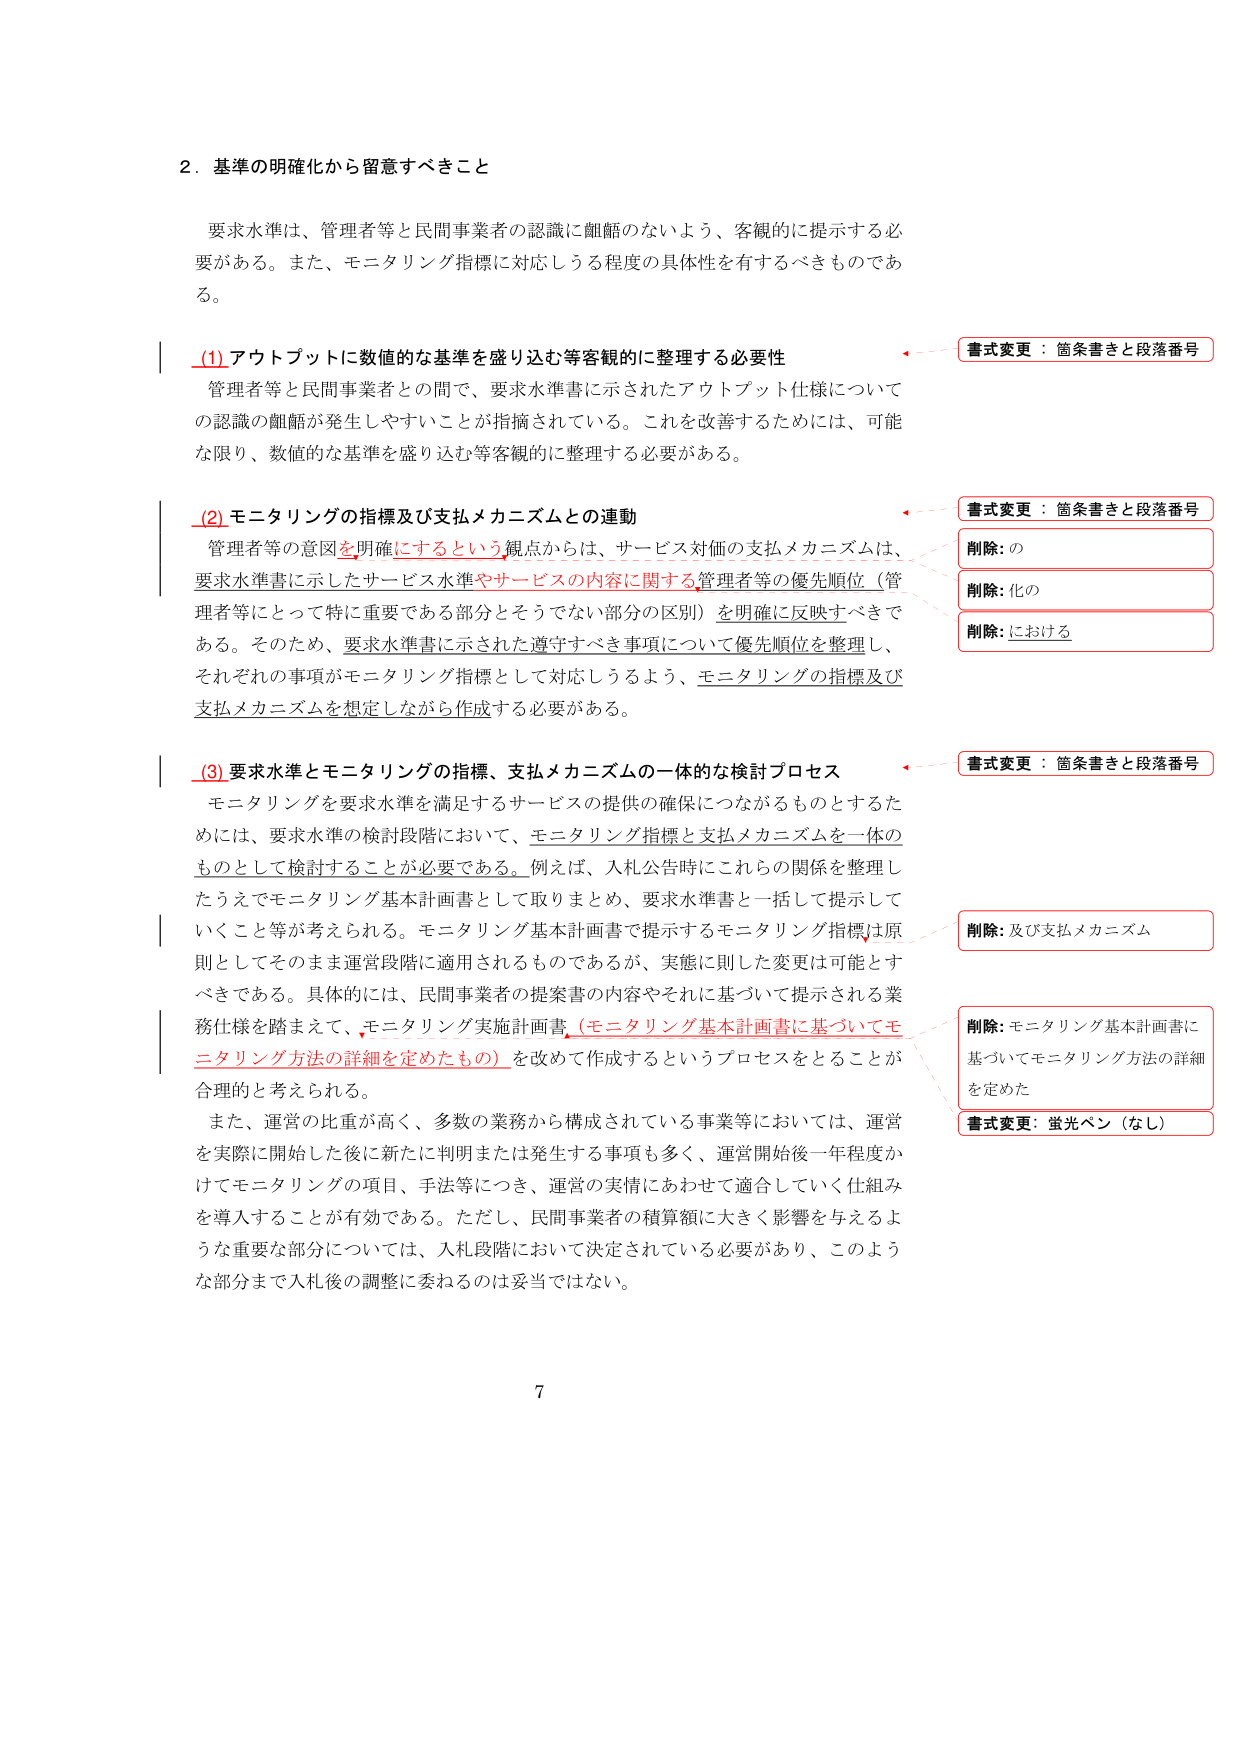
2. 基準の明確化から留意すべきこと

要求水準は、管理者等と民間事業者の認識に齟齬のないよう、客観的に提示する必要がある。また、モニタリング指標に対応しうる程度の具体性を有するべきものである。

(1) アウトプットに数値的な基準を盛り込む等客観的に整理する必要性
管理者等と民間事業者との間で、要求水準書に示されたアウトプット仕様についての認識の齟齬が発生しやすいことが指摘されている。これを改善するためには、可能な限り、数値的な基準を盛り込む等客観的に整理する必要がある。

(2) モニタリングの指標及び支払メカニズムとの連動
管理者等の意図を明確にするという観点からは、サービス対価の支払メカニズムは、要求水準書に示したサービス水準やサービスの内容に関する管理者等の優先順位（管理者等にとって特に重要である部分とそうでない部分の区別）を明確に反映すべきである。そのため、要求水準書に示された遵守すべき事項について優先順位を整理し、それぞれの事項がモニタリング指標として対応しうるよう、モニタリングの指標及び支払メカニズムを想定しながら作成する必要がある。

(3) 要求水準とモニタリングの指標、支払メカニズムの一体的な検討プロセス
モニタリングを要求水準を満足するサービスの提供の確保につながるものとするためには、要求水準の検討段階において、モニタリング指標と支払メカニズムを一体のものとして検討することが必要である。例えば、入札公告時にこれらの関係を整理したうえでモニタリング基本計画書として取りまとめ、要求水準書と一括して提示していくこと等が考えられる。モニタリング基本計画書で提示するモニタリング指標は原則としてそのまま運営段階に適用されるものであるが、実態に則した変更は可能とすべきである。具体的には、民間事業者の提案書の内容やそれに基づいて提示される業務仕様を踏まえて、モニタリング実施計画書（モニタリング基本計画書に基づいてモニタリング方法の詳細を定めたもの）を改めて作成するというプロセスをとることが合理的と考えられる。
また、運営の比重が高く、多数の業務から構成されている事業等においては、運営を実際に開始した後に新たに判明または発生する事項も多く、運営開始後一年程度かけてモニタリングの項目、手法等につき、運営の実情にあわせて適合していく仕組みを導入することが有効である。ただし、民間事業者の積算額に大きく影響を与えるような重要な部分については、入札段階において決定されている必要があり、このような部分まで入札後の調整に委ねるのは妥当ではない。

書式変更：箇条書きと段落番号
削除：の
削除：化の
削除：における
書式変更：箇条書きと段落番号
削除：及び支払メカニズム
削除：モニタリング基本計画書に基づいてモニタリング方法の詳細を定めた
書式変更：蛍光ペン（なし）

7